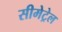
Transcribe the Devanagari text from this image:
सीमेट्रेल